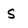
Character: S